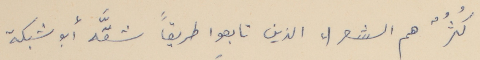
كُثُرٌ هم الشعراء الذين تابعوا طريقاً شقَّه أبو شبكة